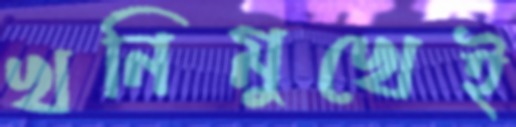
খনিমুখেই